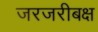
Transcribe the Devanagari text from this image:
जरजरीबक्ष